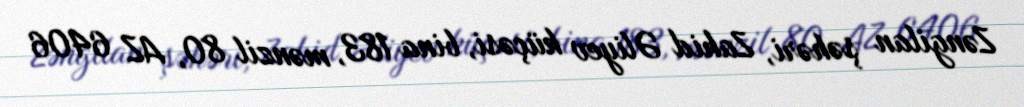
Zəngilan şəhəri, Zahid Əliyev küçəsi, bina 183, mənzil 80, AZ 6406